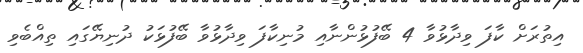
އިތުރަށް ކާފަ ވިދާޅުވާ 4 ބޭފުޅުންނާއި މުނިކާފަ ވިދާޅުވާ ބޭފުޅަކު ދުނިޔޭގައި ތިއްބެވި